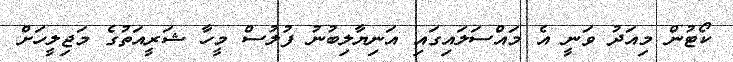
ކޯޓުން މިއަދު ވަނީ އެ މައްސަލައިގައި އަނިޔާލިބުނު ފުލުސް މީހާ ޝަރީއަތުގެ މަޖިލީހަށް